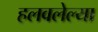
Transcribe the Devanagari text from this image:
हलवलेल्या